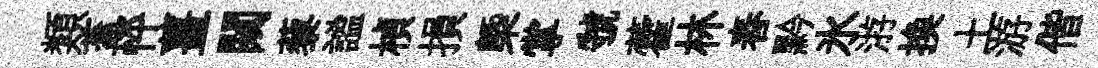
類蓋怦薑闚藜謐楨損㮣掌虢藿林舂黔氷㳺换土游偕